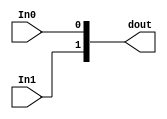
module decalper_eb_ot_sdeen_pot_pi_dehcac_xnilix
   (In0,
    In1,
    dout);
  input [0:0]In0;
  input [0:0]In1;
  output [1:0]dout;

  wire [0:0]In0;
  wire [0:0]In1;

  assign dout[1] = In1;
  assign dout[0] = In0;
endmodule